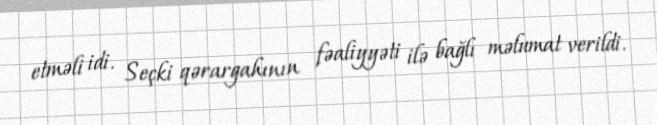
etməli idi. Seçki qərargahının fəaliyyəti ilə bağlı məlumat verildi.